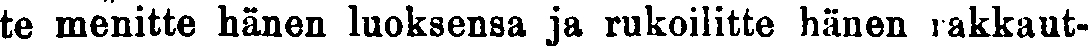
te menitte hänen luoksensa ja rukoilitte hänen rakkaut-